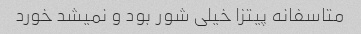
متاسفانه پیتزا خیلی شور بود و نمیشد خورد